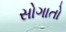
સોગાતો